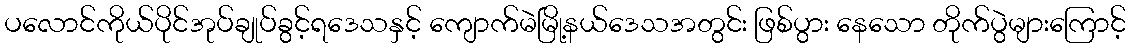
ပလောင်ကိုယ်ပိုင်အုပ်ချုပ်ခွင့်ရဒေသနှင့် ကျောက်မဲမြို့နယ်ဒေသအတွင်း ဖြစ်ပွား နေသော တိုက်ပွဲများကြောင့်